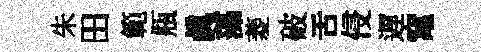
朱田範瓶眞藻菱破舌侵遅𥧄